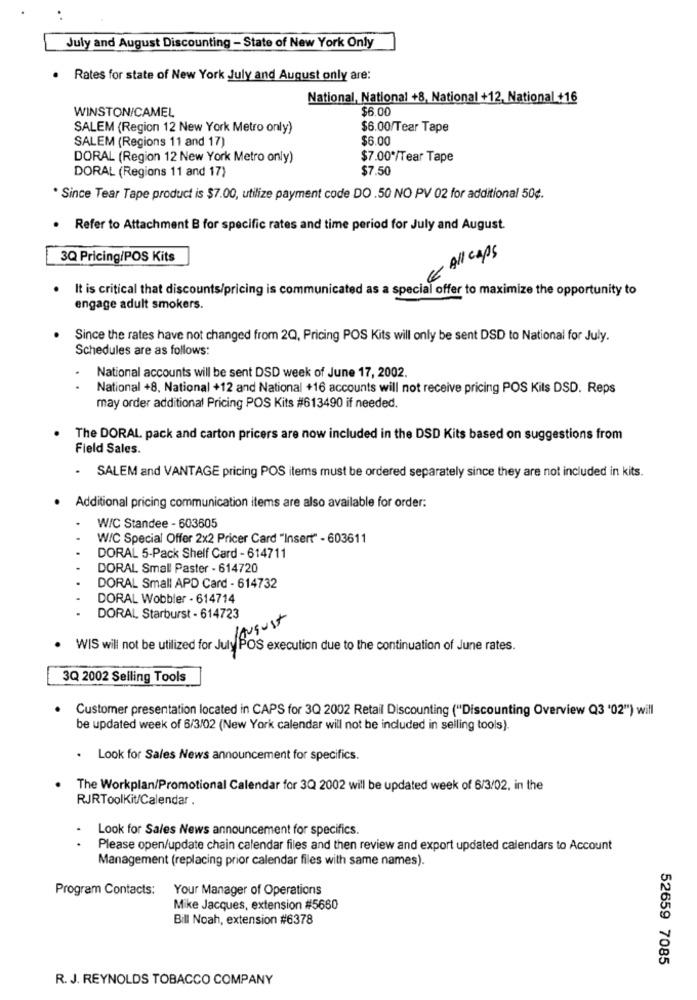
July and August Discounting - State of New York Only
. Rates for state of New York July and August only are:
National, National +8, National +12, National +16
WINSTON/CAMEL
$6.00
SALEM (Region 12 New York Metro only)
$6.00/Tear Tape
$6.00
SALEM (Regions 11 and 17)
DORAL (Region 12 New York Metro only)
$7.00*/Tear Tape
DORAL (Regions 11 and 17)
$7.50
* Since Tear Tape product is $7.00, utilize payment code DO .50 NO PV 02 for additional 50¢.
.
Refer to Attachment B for specific rates and time period for July and August.
E All COPS
3Q Pricing/POS Kits
It is critical that discounts/pricing is communicated as a special offer to maximize the opportunity to
engage adult smokers.
Since the rates have not changed from 2Q, Pricing POS Kits will only be sent DSD to National for July.
Schedules are as follows:
National accounts will be sent DSD week of June 17, 2002.
National +8, National +12 and National +16 accounts will not receive pricing POS Kits DSD. Reps
may order additional Pricing POS Kits #613490 if needed.
The DORAL pack and carton pricers are now included in the DSD Kits based on suggestions from
Field Sales.
.
SALEM and VANTAGE pricing POS items must be ordered separately since they are not included in kits.
.
Additional pricing communication items are also available for order:
W/C Standee - 603605
W/C Special Offer 2x2 Pricer Card "Insert" - 603611
DORAL 5-Pack Shelf Card - 614711
DORAL Small Paster - 614720
DORAL Small APD Card - 614732
DORAL Wobbler - 614714
DORAL Starburst - 614723
August
WIS will not be utilized for July POS execution due to the continuation of June rates.
3Q 2002 Selling Tools
· Customer presentation located in CAPS for 3Q 2002 Retail Discounting ("Discounting Overview Q3 '02") will
be updated week of 6/3/02 (New York calendar will not be included in selling tools).
. Look for Sales News announcement for specifics.
The Workplan/Promotional Calendar for 3Q 2002 will be updated week of 6/3/02, in the
RJRToolKit/Calendar .
Look for Sales News announcement for specifics.
Please open/update chain calendar files and then review and export updated calendars to Account
Management (replacing prior calendar files with same names).
Program Contacts:
Your Manager of Operations
Mike Jacques, extension #5660
Bill Noah, extension #6378
52659 7085
R. J. REYNOLDS TOBACCO COMPANY